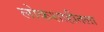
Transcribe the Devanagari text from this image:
लोकशाहीतला